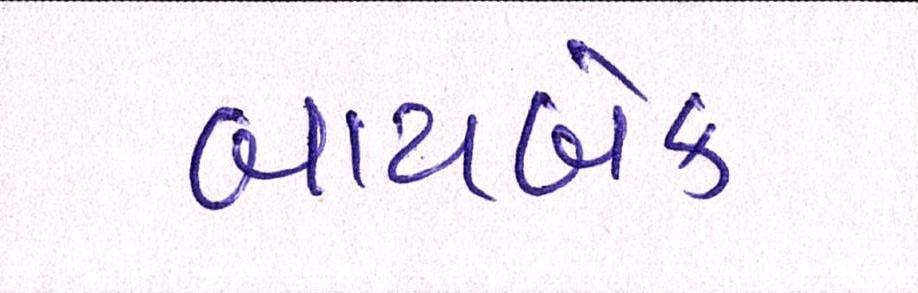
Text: બાયબેક